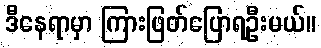
ဒီနေရာမှာ ကြားဖြတ်ပြောရဦးမယ်။